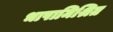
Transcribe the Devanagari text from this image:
भाषामिश्रित